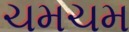
ચમચમ